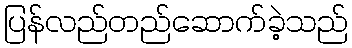
ပြန်လည်တည်ဆောက်ခဲ့သည်